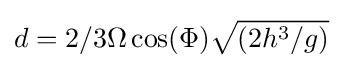
d=2/3\Omega \cos(\Phi ){\sqrt {\left(2h^{3}/g\right)}}